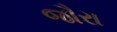
જૌરા